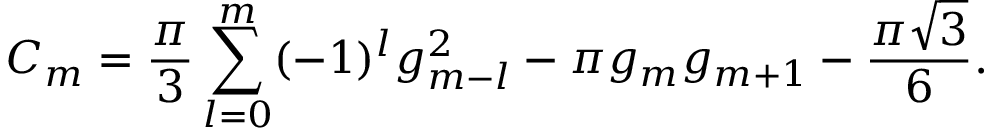
C _ { m } = { \frac { \pi } { 3 } } \sum _ { l = 0 } ^ { m } ( - 1 ) ^ { l } g _ { m - l } ^ { 2 } - \pi g _ { m } g _ { m + 1 } - { \frac { \pi { \sqrt 3 } } { 6 } } .